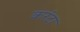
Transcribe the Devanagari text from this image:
करंटा